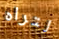
لتراه